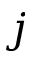
j